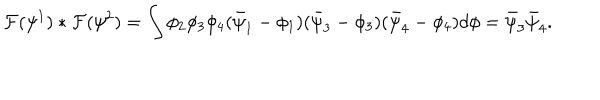
\! \! { \cal F } ( \psi ^ { 1 } ) * { \cal F } ( \psi ^ { 2 } ) = \int \phi _ { 2 } \phi _ { 3 } \phi _ { 4 } ( \bar { \psi } _ { 1 } - \phi _ { 1 } ) ( \bar { \psi } _ { 3 } - \phi _ { 3 } ) ( \bar { \psi } _ { 4 } - \phi _ { 4 } ) d \phi = \bar { \psi } _ { 3 } \bar { \psi } _ { 4 } .